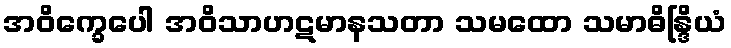
အဝိက္ခေပေါ အဝိသာဟဋမာနသတာ သမထော သမာဓိန္ဒြိယံ